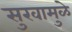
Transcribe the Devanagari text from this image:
सुखामुळे